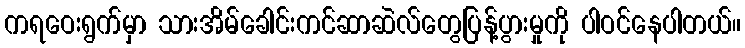
ကရဝေးရွက်မှာ သားအိမ်ခေါင်းကင်ဆာဆဲလ်တွေပြန့်ပွားမှုကို ပါဝင်နေပါတယ်။